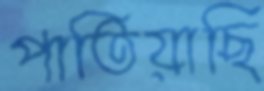
পাতিয়াছি